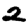
Digit: 2